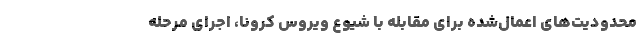
محدودیت‌های اعمال‌شده برای مقابله با شیوع ویروس کرونا، اجرای مرحله